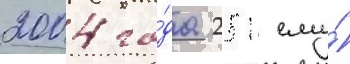
2004 го́да 251 ему́